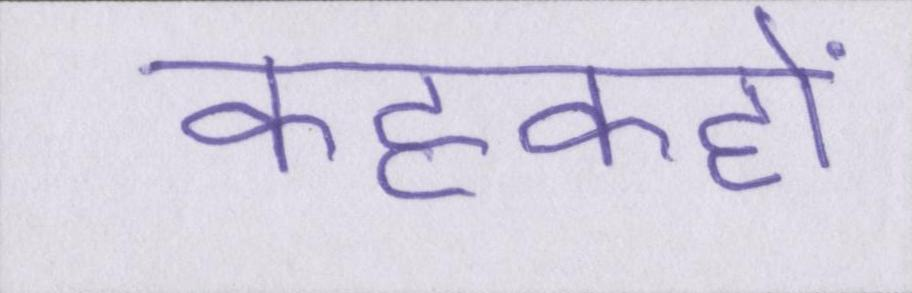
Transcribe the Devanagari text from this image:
कहकहों